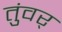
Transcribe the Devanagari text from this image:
तुंवर्